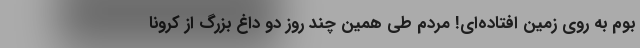
بوم به روی زمین افتاده‌ای! مردم طی همین چند روز دو داغ بزرگ از کرونا